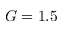
G = 1 . 5